Medical and sanitary report of the native army of Bengal for the year
Year: 1874
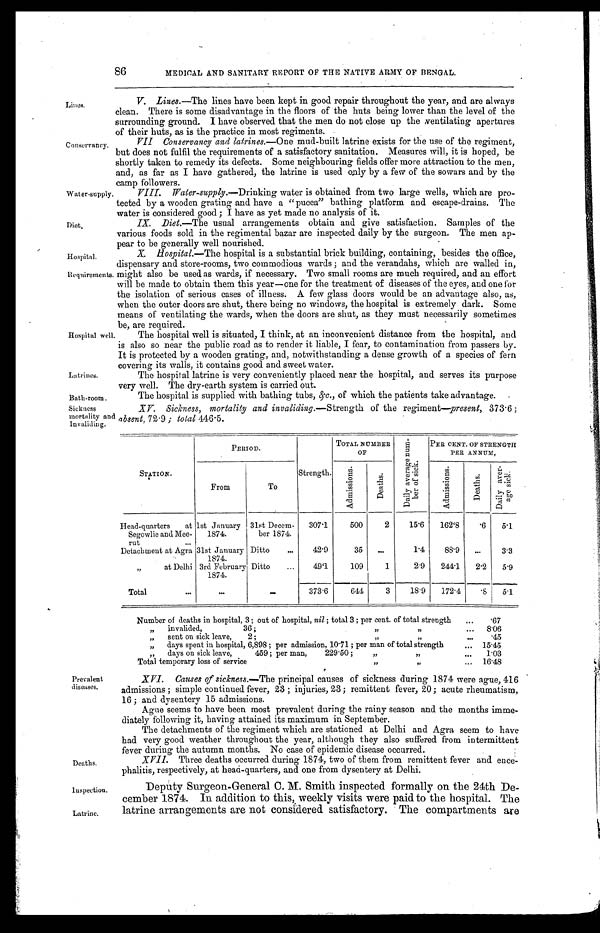
Water-supply.
Diet.
Hospital.
Requirements.
86
MEDICAL AND SANITARY REPORT OF THE NATIVE ARMY OF BENGAL.
Lines.
Conservancy.
V. Lines .—The lines have been kept in good repair throughout the year, and are always
clean. There is some disadvantage in the floors of the huts being lower than the level of the
surrounding ground. I have observed that the men do not close up the ventilating apertures
of their huts as is the practice in most regiments.
VII Conservancy and latrines .—One mud-built latrine exists for the use of the regiment,
but does not fulfil the requirements of a satisfactory sanitation. Measures will, it is hoped, be
shortly taken to remedy its defects. Some neighbouring fields offer more attraction to the men,
and, as far as I have gathered, the latrine is used only by a few of the sowars and by the
c a m p f o l l o w e r s .
Hospital well
Latrines.
VIII. Water-supply .—Drinking water is obtained from two large wells, which are pro
-tected by a wooden grating and have a "pucca" bathing platform and escape-drains. The
water is considered good; I have as yet made noanalysis of it.
IX. Diet .—The usual arrangements obtain and give satisfaction. Samples of the
various foods sold in the regimental bazar are inspected daily by the surgeon. The men ap
-pear to be generally well nourished.
X. Hospital.—The hospital is a substantial brick building, containing, besides the office,
dispensary and store-rooms, two commodious wards; and the verandahs, which are walled in,
might also be used as wards, if necessary. Two small rooms are much required, and an effort
will be made to obtain them this year—one for the treatment of diseases of the eyes, and one for
the isolation of serious cases of illness. A few glass doors would be an advantage also, as,
when the outer doors are shut, there being no windows, the hospital is extremely dark. Some
means of ventilating the wards, when the doors are shut, as they must necessarily sometimes
be are required.
The hospital well is situated, I think, at an inconvenient distance from the hospital, and
is also so near the public road as to render it liable, I fear, to contamination from passers by.
It is protected by a wooden grating, and, notwithstanding a dense growth of a species of fern
covering its walls. it contains good and sweet water.
The hospital latrine is very conveniently placed near the hospital, and serves its purpose
very well The dry-earth system is carried out.
Bath-room.
The hospital is supplied with bathing tubs, &c., of which the patients take advantage.
Sickness
mortality and
Invaliding.
XV. Sickness, mortality and invaliding .—Strength of the regiment—present, 373.6;
absent, 72.9; total 446.5.
STATION.
PERIOD.
Strength.
TOTAL NUMBER
O F
D a i l y a v e r a g e n u m - b e r o f s i c k .
PER CENT. OF STRENGTH
P E R A N N U M ,
From
To
A d m i s s i o n s .
D e a t h s .
A d m i s s i o n s .
D e a t h s .
D a i l y a v e r - a g e s i c k .
Head-quarters at
Segowlie and Mee-
rut . . .
1st January
1874.
31st Decem-
ber 1874.
307.1
500
2
15.6
162.8
.6
5.1
Detachment at Agra 31st January
1874.
Ditto . . .
42.9
35
. . .
1.4
88.9
. . .
3.3
" at Delhi 3rd February
1874.
Ditto . . .
49.1
109
1
2.9
244.1
2.2
5.9
Total . . .
. . .
. . .
373.6
644
3
18.9
172.4
.8
5.1
Number of deaths in hospital, 3; out of hospital, nil; total 3; per cent. of total strength . . .
.67
"
invalided,
36;
"" . . .
8.06
" sent on sick leave, 2; " " . . .
.45
" days spent in hospital, 6,898; per admission, 10.71; per man of total strength . . . 15.45
" days on sick leave, 459; per man, 229.50; " " . . .
1.03
Total temporary loss of service " " . . .
16.48
Prevalent
diseases.
Deaths.
XVI. Causes of sickness .—The principal causes of sickness during 1874 were ague, 416
admissions; simple continued fever, 23; injuries, 23; remittent fever, 20; acute rheumatism,
16; and dysentery 15 admissions.
Ague seems to have been most prevalent during the rainy season and the months imme
-diately following it, having attained its maximum in September.
The detachments of the regiment which are stationed at Delhi and Agra seem to have
had very good weather throughout the year, although they also suffered from intermittent
fever during the autumn months. No case of epidemic disease occurred.
XVII. Three deaths occurred during 1874, two of them from remittent fever and ence
-phalitis, respectively, at head-quarters, and one from dysentery at Delhi.
Inspection
Latrine.
Deputy Surgeon-General C. M. Smith inspected formally on the 24th De
- c e m b e r 1 8 7 4 . I n a d d i t i o n t o t h i s , w e e k l y v i s i t s w e r e p a i d t o t h e h o s p i t a l . T h e
Latrine arrangements are not considered satisfactory. The compartments are